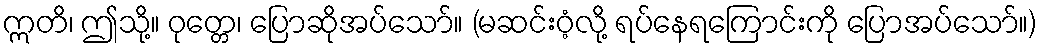
ဣတိ၊ ဤသို့။ ဝုတ္တေ၊ ပြောဆိုအပ်သော်။ (မဆင်းဝံ့လို့ ရပ်နေရကြောင်းကို ပြောအပ်သော်။)